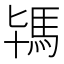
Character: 駂